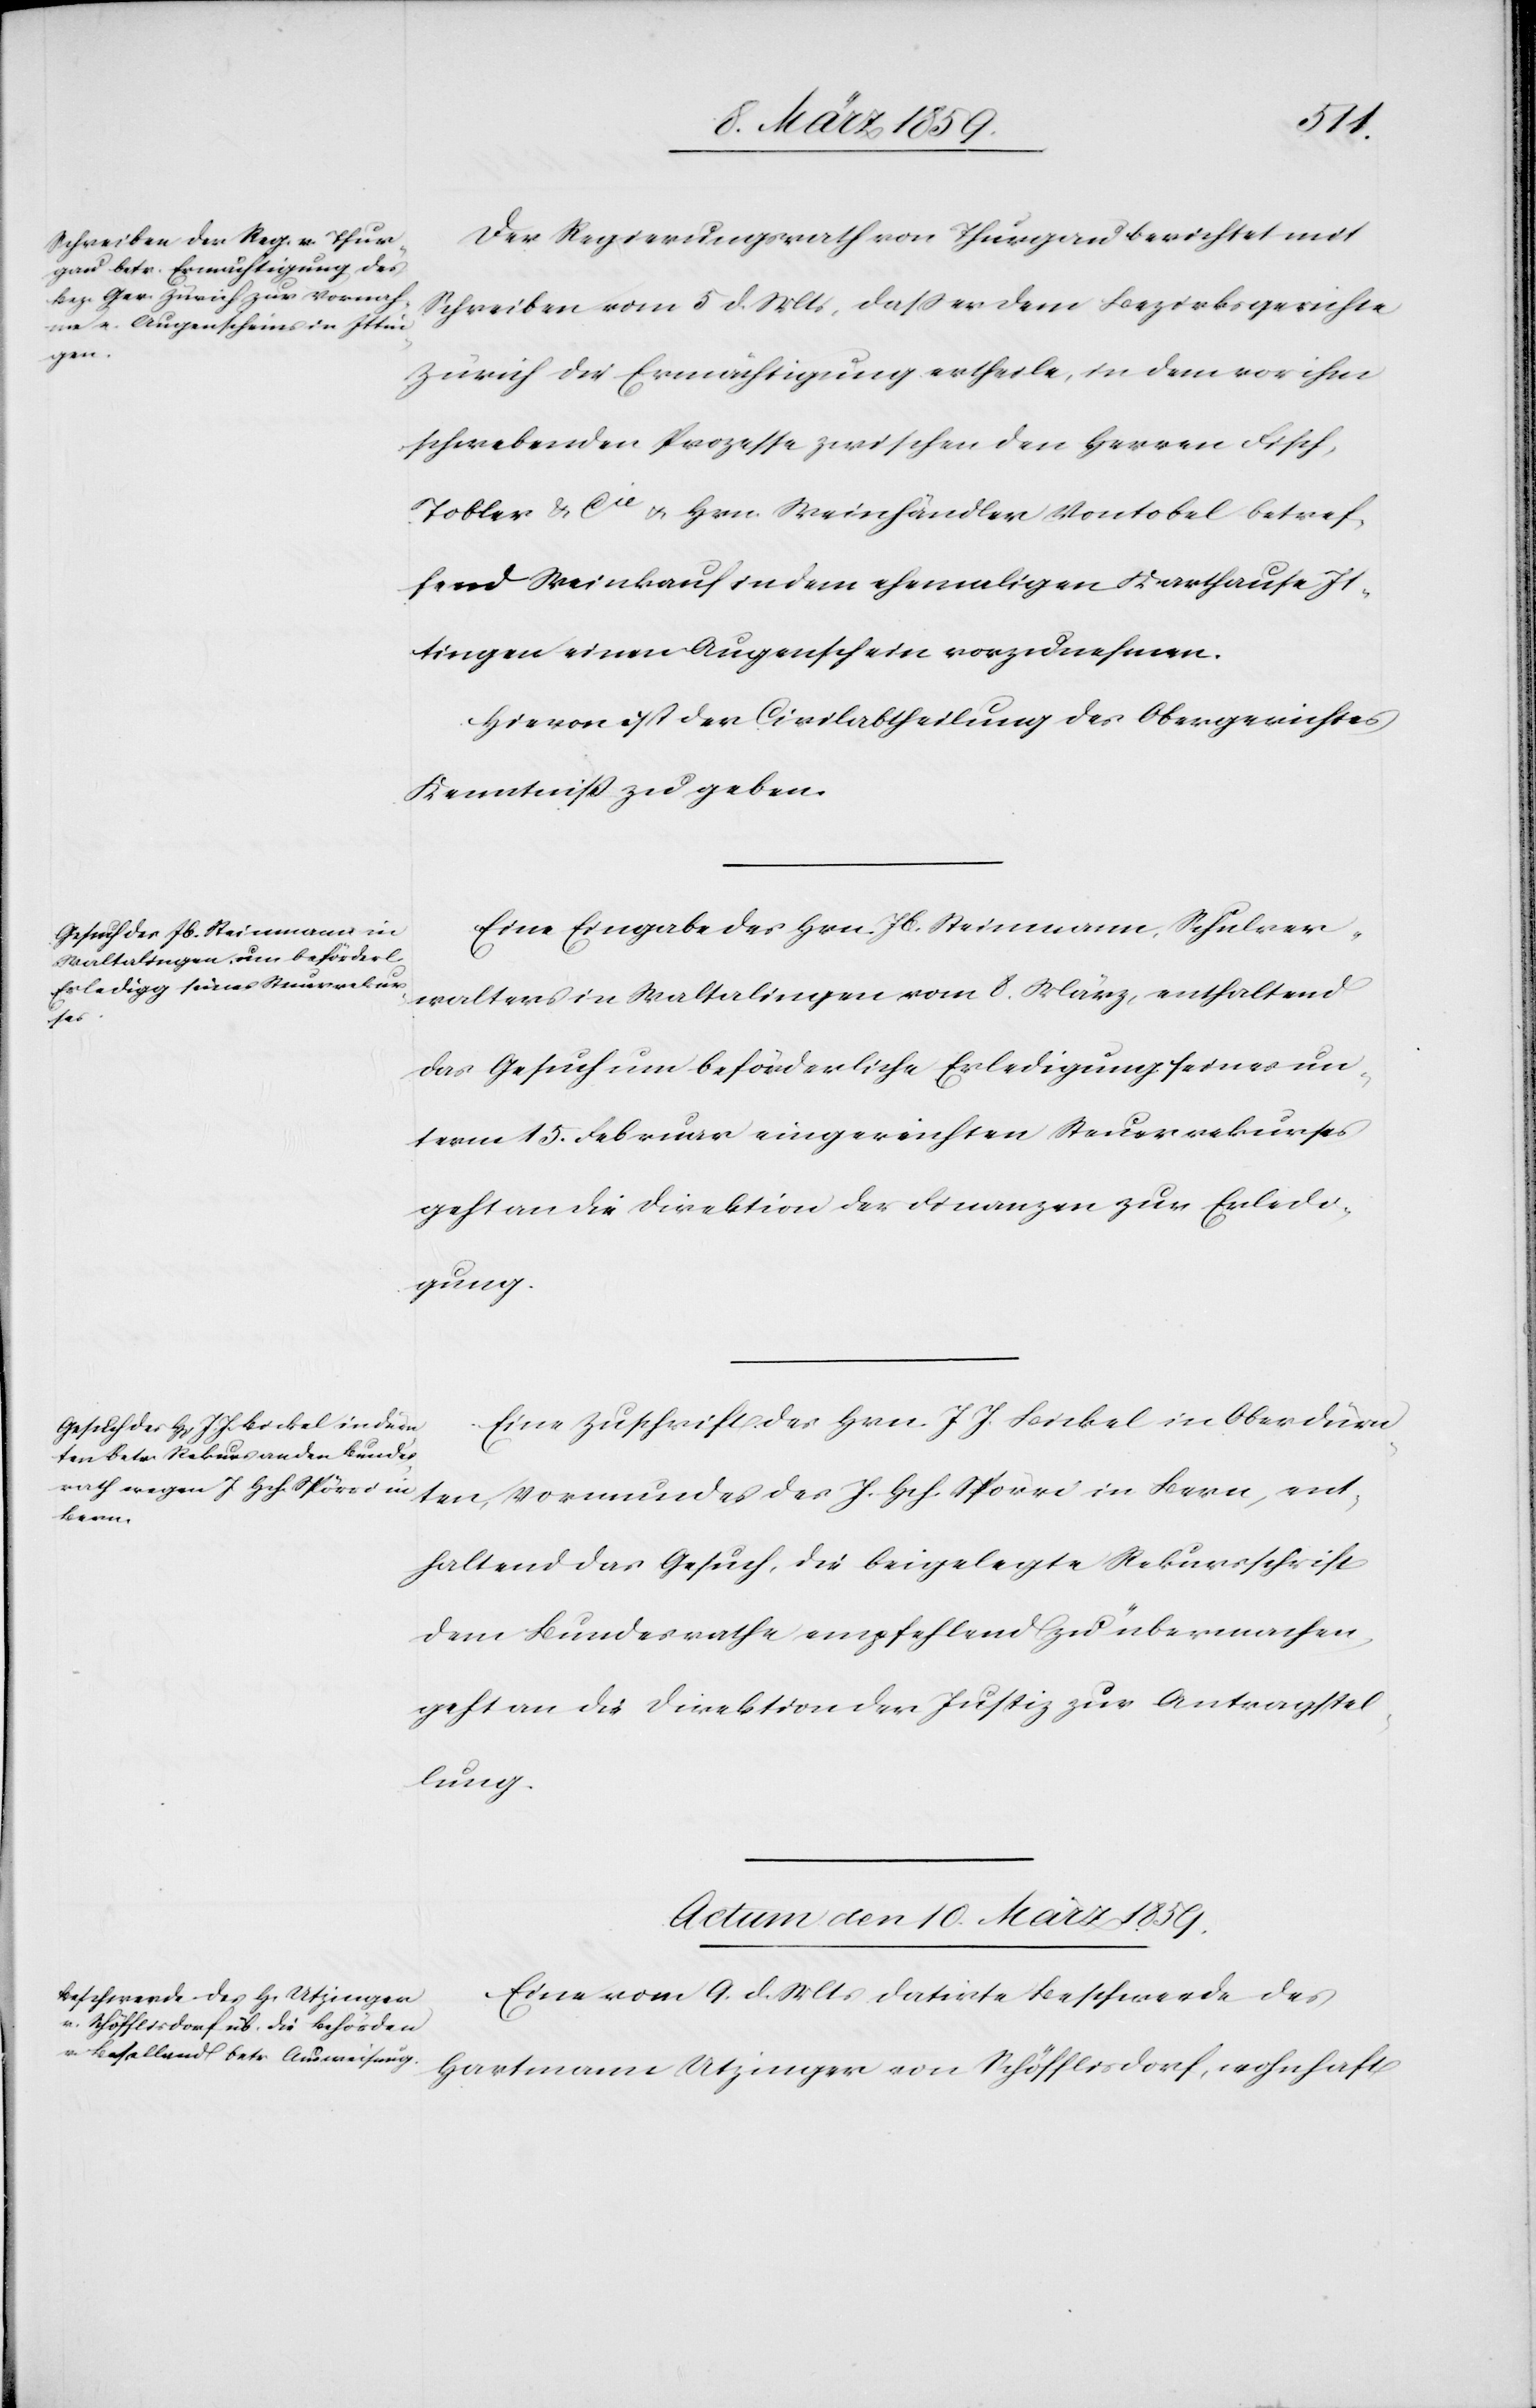
Der Regierungsrath von Thurgau berichtet mit
Schreiben vom 5 d. Mts, daß er dem Bezirksgerichte
Zürich die Ermächtigung ertheile, in dem vor ihm
schwebenden Prozesse zwischen den Herren Fisch,
Tobler & Cie u. Hrn. Weinhändler Vontobel betref¬
fend Weinkauf in dem ehemaligen Karthause It¬
tingen einen Augenschein vorzunehmen.
Hievon ist der Civilabtheilung des Obergerichtes
Kenntniß zu geben.
Eine Eingabe des Hrn. Steinmann, Schulver¬
walters in Waltalingen vom 8. März, enthaltend
das Gesuch um beförderliche Erledigung seines un¬
term 15. Februar eingereichten Steuerrekurses
geht an die Direktion der Finanzen zur Erledi¬
gung.
Eine Zuschrift des Hrn. J. J. Bickel in Oberdürn¬
ten, Vormundes des J. Hch. Spörri in Bern, ent¬
haltend das Gesuch, die beigelegte Rekursschrift
dem Bundesrathe empfehlend zu übermachen,
geht an die Direktion der Justiz zur Antragstel¬
lung.
Actum den 10. März 1859.
Eine vom 9. d. Mts datirte Beschwerde des
Hartmann Utzinger von Schöfflisdorf, wohnhaft